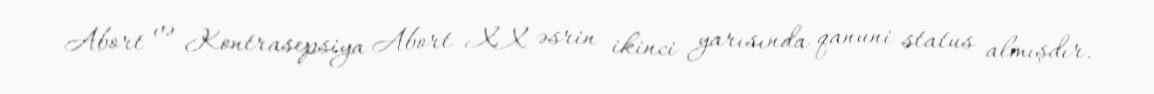
Abort və Kontrasepsiya Abort XX əsrin ikinci yarısında qanuni status almışdır.